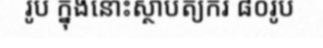
រូប ក្នុងនោះស្ថាបត្យករ ៨០រូប